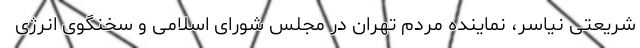
شریعتی نیاسر، نماینده مردم تهران در مجلس شورای اسلامی و سخنگوی انرژی